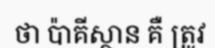
ថា ប៉ាគីស្ថាន គឺ ត្រូវ